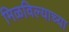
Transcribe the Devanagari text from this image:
मिळविल्याच्या